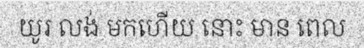
យូរ លង់ មកហើយ នោះ មាន ពេល